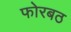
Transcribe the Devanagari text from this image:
फोरबठ